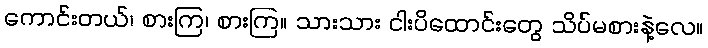
ကောင်းတယ်၊ စားကြ၊ စားကြ။ သားသား ငါးပိထောင်းတွေ သိပ်မစားနဲ့လေ။